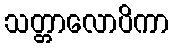
သတ္တာလောပိကာ